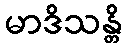
မာဒိသန္တိ